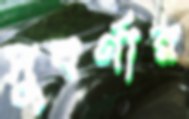
সুবর্ণার